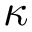
\kappa